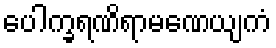
ပေါက္ခရဏိရာမဏေယျကံ